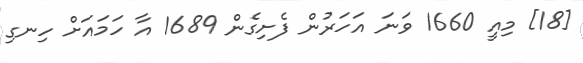
[18] މިއީ 1660 ވަނަ އަހަރުން ފެށިގެން 1689 އާ ހަމައަށް ހިނގި